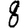
Digit: 8